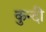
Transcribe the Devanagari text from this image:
कुन्दी